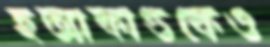
হত্যাকাণ্ডকেও